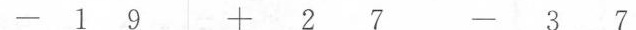
- 1 9 + 2 7 - 3 7